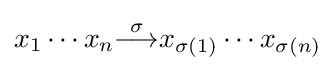
x_{1}\cdots x_{n}{\overset {\sigma }{\longrightarrow }}x_{\sigma (1)}\cdots x_{\sigma (n)}